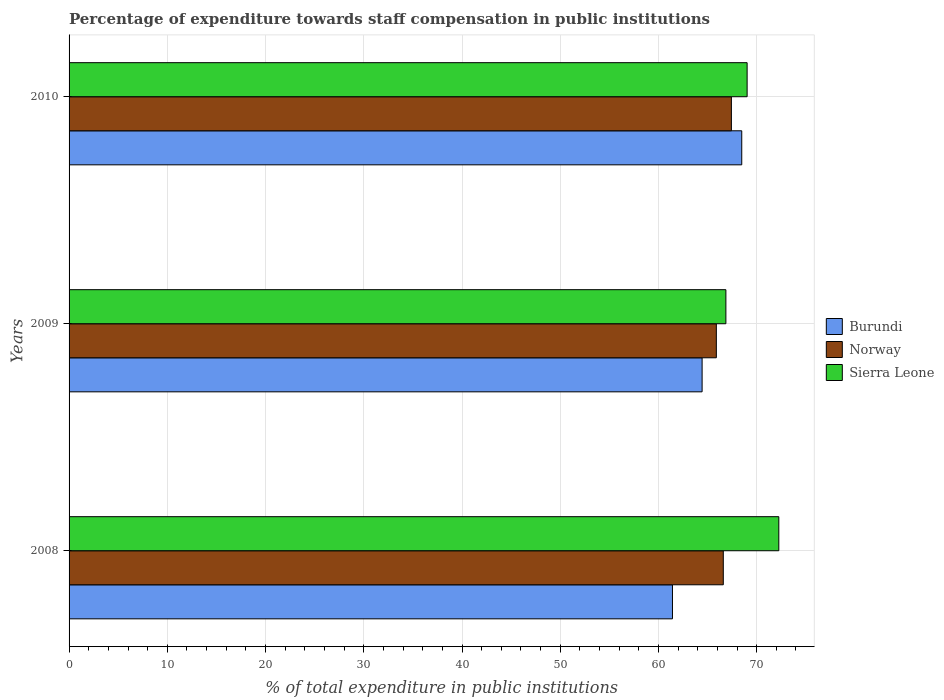
| Years | Burundi | Norway | Sierra Leone |
 | --- | --- | --- | --- |
 | 2008 | 61.4 | 66.6 | 72.3 |
 | 2009 | 64.4 | 65.9 | 66.9 |
 | 2010 | 68.5 | 67.4 | 69 |